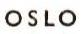
OSLO